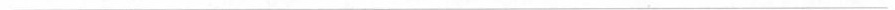
___